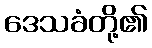
ဒေသခံတို့၏